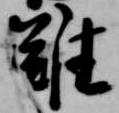
難